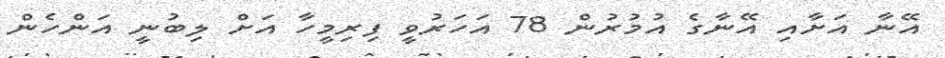
އޭނާ އަށާއި އޭނާގެ އުމުރުން 78 އަހަރުވީ ފިރިމީހާ އަށް ލިބުނީ އަންހެން